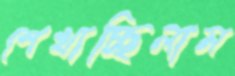
শেখাচ্ছিলাম